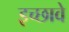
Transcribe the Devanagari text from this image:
इच्छावे